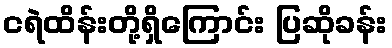
ငရဲထိန်းတို့ရှိကြောင်း ပြဆိုခန်း